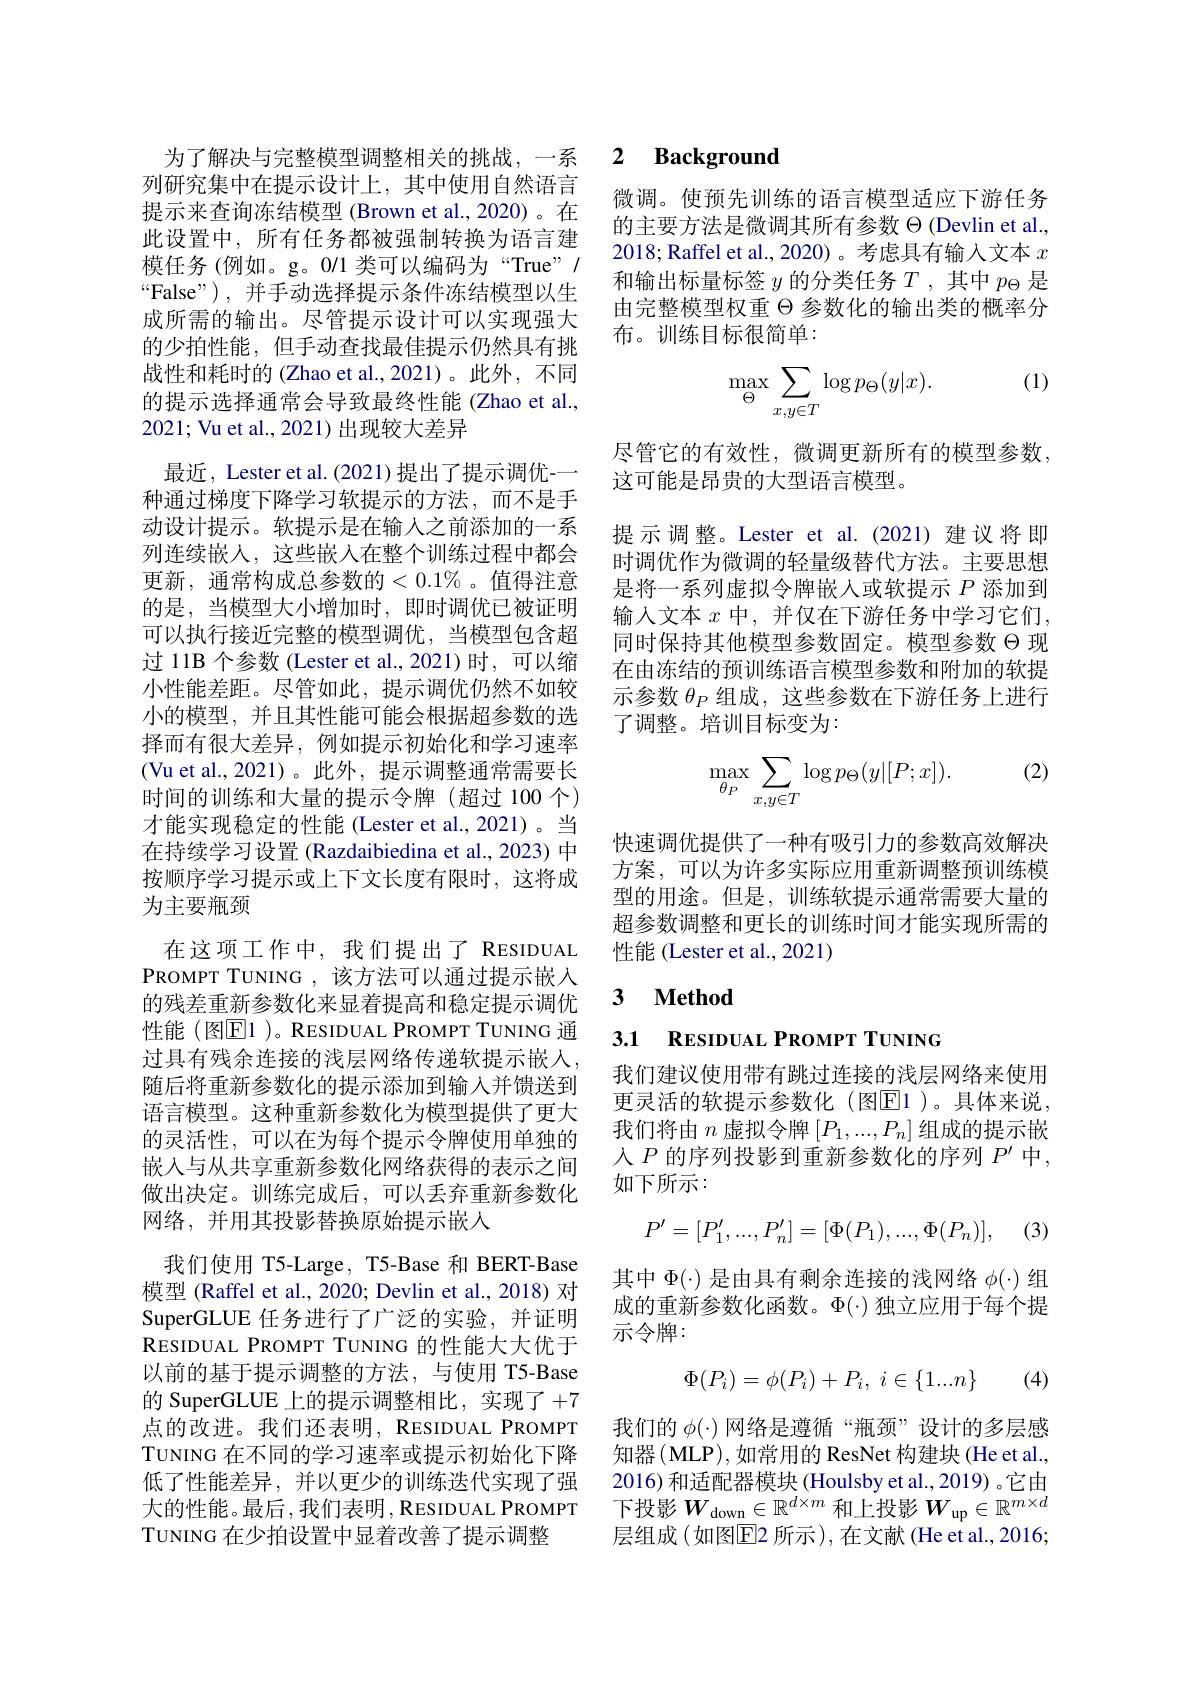
列研究集中在提示设计上，其中使用自然语言提示来查询冻结模型 (Brown et al.,2020)。在此设置中，所有任务都被强制转换为语言建模任务 (例如。g。0/1 类可以编码为“True”/ “False”),并手动选择提示条件冻结模型以生成所需的输出。尽管提示设计可以实现强大的少拍性能，但手动查找最佳提示仍然具有挑战性和耗时的 (Zhao et al.,2021)。此外，不同的提示选择通常会导致最终性能(Zhao et al., 2021; Vu et al., 2021)出现较大差异
最近，Lester et al. (2021) 提出了提示调优-一种通过梯度下降学习软提示的方法，而不是手动设计提示。软提示是在输入之前添加的一系列连续嵌人，这些嵌入在整个训练过程中都会更新，通常构成总参数的$<0.1\%$。值得注意的是，当模型大小增加时，即时调优已被证明可以执行接近完整的模型调优，当模型包含超过 11B 个参数 (Lester et al.,2021)时，可以缩小性能差距。尽管如此，提示调优仍然不如较小的模型，并且其性能可能会根据超参数的选择而有很大差异，例如提示初始化和学习速率(Vu et al.,2021)。此外，提示调整通常需要长时间的训练和大量的提示令牌(超过 100个) 才能实现稳定的性能(Lester et al.,2021)。当在持续学习设置 (Razdaibiedina et al., 2023) 中按顺序学习提示或上下文长度有限时，这将成为主要瓶颈
在这项工作中，我们提出了 RESIDUAL PROMPT TUNING , 该方法可以通过提示嵌入的残差重新参数化来显着提高和稳定提示调优性能(图El1 )。RESIDUAL PROMPT TUNING 通过具有残余连接的浅层网络传递软提示嵌入， 随后将重新参数化的提示添加到输入并馈送到语言模型。这种重新参数化为模型提供了更大的灵活性，可以在为每个提示令牌使用单独的嵌入与从共享重新参数化网络获得的表示之间做出决定。训练完成后，可以丢弃重新参数化网络，并用其投影替换原始提示嵌人
我们使用 T5-Large, T5-Base 和 BERT-Base 模型 (Raffel et al., 2020; Devlin et al., 2018) 对SuperGLUE 任务进行了广泛的实验，并证明RESIDUAL PROMPT TUNING 的性能大大优于以前的基于提示调整的方法，与使用 T5-Base 的 SuperGLUE 上的提示调整相比，实现了+7点的改进。我们还表明，RESIDUAL PROMPT TUNING 在不同的学习速率或提示初始化下降 知器(MLP),如常用的 ResNet 构建块(He et al., 低了性能差异，并以更少的训练迭代实现了强 2016)和适配器模块(Houlsby et al.,2019)。它由大的性能。最后，我们表明，RESIDUAL PROMPT 下投影$W_\mathrm{down}\in\mathbb{R}^{d\times m}$ 和上投影$W_\mathrm{up}\in\mathbb{R}^{m\times d}$ TUNING 在少拍设置中显着改善了提示调整

## 为了解决与完整模型调整相关的挑战，一系 2 Background

微调。使预先训练的语言模型适应下游任务的主要方法是微调其所有参数$\Theta$ (Devlin et al., 2018; Raffel et al., 2020) 。考虑具有输入文本$x$ 和输出标量标签$y$的分类任务$T$,其中$p_\Theta$是由完整模型权重$\Theta$参数化的输出类的概率分布。训练目标很简单：

(1)
$$\max\limits_{\Theta}\sum\limits_{x,y\in T}\log p_{\Theta}(y|x).$$
尽管它的有效性，微调更新所有的模型参数，
这可能是昂贵的大型语言模型。
提示调整。Lester et al.(2021) 建议将即时调优作为微调的轻量级替代方法。主要思想是将一系列虚拟令牌嵌入或软提示$P$添加到输人文本 $x$ 中，并仅在下游任务中学习它们， 同时保持其他模型参数固定。模型参数$\Theta$现在由冻结的预训练语言模型参数和附加的软提示参数$\theta_P$组成，这些参数在下游任务上进行了调整。培训目标变为：

(2)

.
$$\max\limits_{\theta_P}\sum\limits_{x,y\in T}\log p_\Theta(y|[P;x]).$$
快速调优提供了一种有吸引力的参数高效解决方案，可以为许多实际应用重新调整预训练模型的用途。但是，训练软提示通常需要大量的超参数调整和更长的训练时间才能实现所需的性能 (Lester et al., 2021)

### 3 $\textbf{Method}$

3.1 RESIDUAL PROMPT TUNING

我们建议使用带有跳过连接的浅层网络来使用更灵活的软提示参数化(图$\overline{\mathrm{E}}1$)。具体来说， 我们将由$n$虚拟令牌$[P_1,...,P_n]$组成的提示嵌人$P$的序列投影到重新参数化的序列$P^\prime$中， 如下所示：
$$P'=[P_1',...,P_n']=[\Phi(P_1),...,\Phi(P_n)],$$
其中$\Phi(\cdot)$是由具有剩余连接的浅网络$\phi(\cdot)$组成的重新参数化函数。$\Phi(\cdot)$独立应用于每个提示令牌：

(4)
$$\begin{matrix}\Phi(P_i)=\phi(P_i)+P_i,\:i\in\{1...n\}\end{matrix}$$
我们的$\phi(\cdot)$网络是遵循“瓶颈”设计的多层感层组成(如图E$2 所 示 ) , 在 文 献 ( He et al. , 2016;$